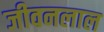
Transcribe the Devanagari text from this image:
जीवनलाल